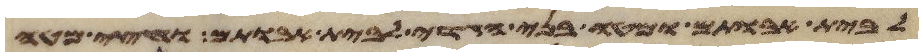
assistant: לבית אבותם ומטה בני הגדי לבית אבותם וחצי מטה